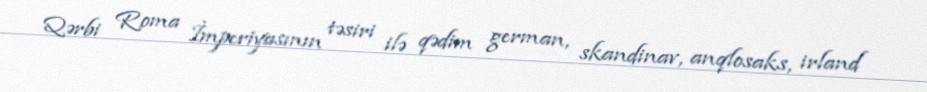
Qərbi Roma İmperiyasının təsiri ilə qədim german, skandinav, anqlosaks, irland